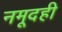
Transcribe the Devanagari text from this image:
नमूदही